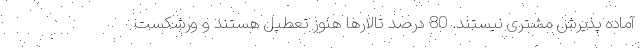
آماده پذیرش مشتری نیستند. 80 درصد تالارها هنوز تعطیل هستند و ورشکست